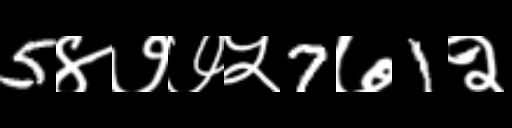
Text: 5४७७५7७1२